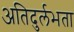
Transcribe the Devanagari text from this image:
अतिदुर्लभता